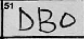
Transcription: DBO